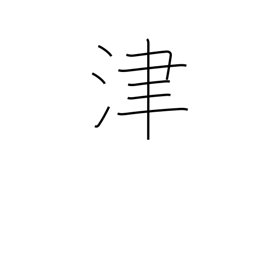
Meaning: ferry